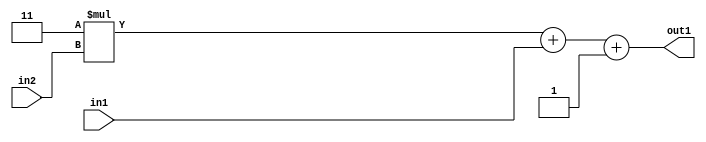
`timescale 1ps / 1ps
/*****************************************************************************
    Verilog RTL Description
    
    
    Created by: Stratus DpOpt 2019.1.01 
*******************************************************************************/

module DC_Filter_Add3i1u1Mul2i3u2_1 (
	in2,
	in1,
	out1
	); /* architecture "behavioural" */ 
input [1:0] in2;
input  in1;
output [3:0] out1;
wire [3:0] asc001;

wire [3:0] asc001_tmp_0;
wire [3:0] asc001_tmp_1;
assign asc001_tmp_1 = 
	+(4'B0011 * in2);
assign asc001_tmp_0 = asc001_tmp_1
	+(in1);
assign asc001 = asc001_tmp_0
	+(4'B0001);

assign out1 = asc001;
endmodule

/* CADENCE  uLX4Sgo= : u9/ySgnWtBlWxVPRXgAZ4Og= ** DO NOT EDIT THIS LINE ******/